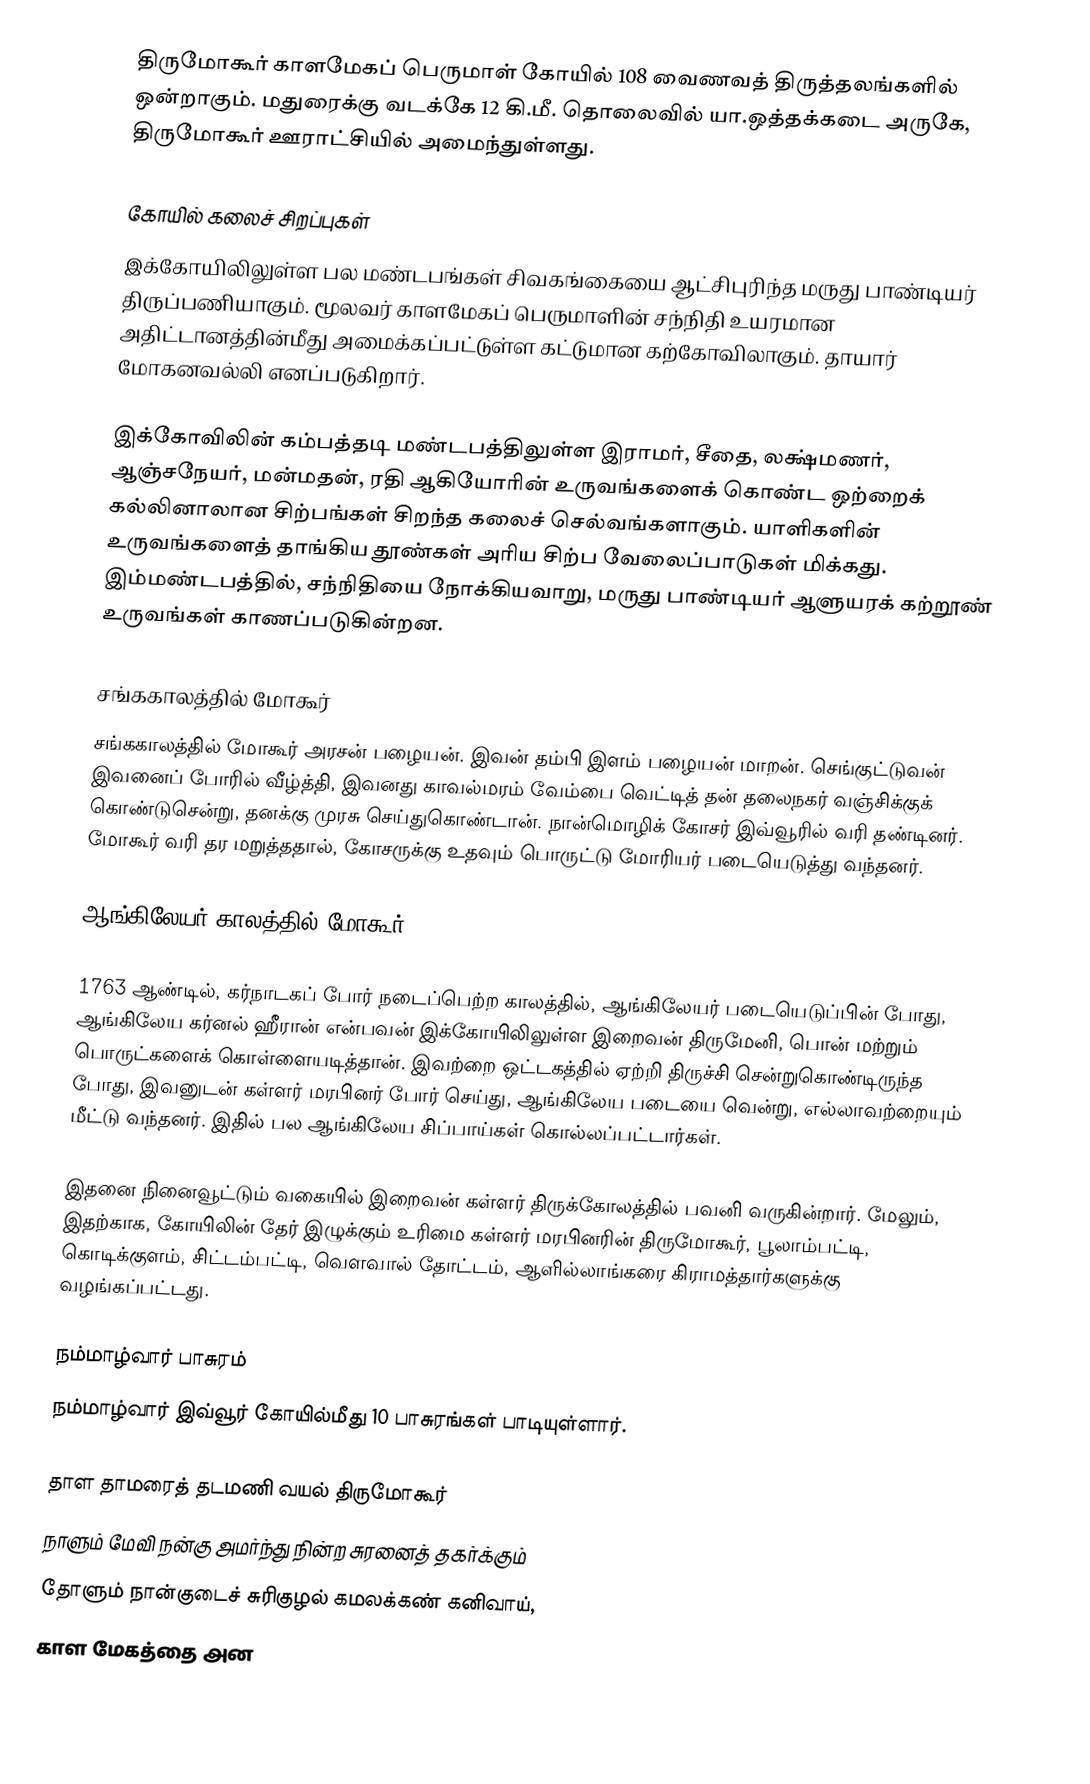
திருமோகூர் காளமேகப் பெருமாள் கோயில் 108 வைணவத் திருத்தலங்களில் ஒன்றாகும். மதுரைக்கு வடக்கே 12 கி.மீ. தொலைவில் யா.ஒத்தக்கடை அருகே, திருமோகூர் ஊராட்சியில் அமைந்துள்ளது.

கோயில் கலைச் சிறப்புகள்
இக்கோயிலிலுள்ள பல மண்டபங்கள் சிவகங்கையை ஆட்சிபுரிந்த மருது பாண்டியர் திருப்பணியாகும். மூலவர் காளமேகப் பெருமாளின் சந்நிதி உயரமான அதிட்டானத்தின்மீது அமைக்கப்பட்டுள்ள கட்டுமான கற்கோவிலாகும்.   தாயார் மோகனவல்லி எனப்படுகிறார்.

இக்கோவிலின் கம்பத்தடி மண்டபத்திலுள்ள இராமர், சீதை, லக்ஷ்மணர், ஆஞ்சநேயர், மன்மதன், ரதி ஆகியோரின் உருவங்களைக் கொண்ட ஒற்றைக் கல்லினாலான சிற்பங்கள் சிறந்த கலைச் செல்வங்களாகும். யாளிகளின் உருவங்களைத் தாங்கிய தூண்கள் அரிய சிற்ப வேலைப்பாடுகள் மிக்கது. இம்மண்டபத்தில், சந்நிதியை நோக்கியவாறு, மருது பாண்டியர் ஆளுயரக் கற்றூண் உருவங்கள் காணப்படுகின்றன.

சங்ககாலத்தில் மோகூர்
சங்ககாலத்தில் மோகூர் அரசன் பழையன். இவன் தம்பி இளம் பழையன் மாறன். செங்குட்டுவன் இவனைப் போரில் வீழ்த்தி, இவனது காவல்மரம் வேம்பை வெட்டித் தன் தலைநகர் வஞ்சிக்குக் கொண்டுசென்று, தனக்கு முரசு செய்துகொண்டான். நான்மொழிக் கோசர் இவ்வூரில் வரி தண்டினர். மோகூர் வரி தர மறுத்ததால், கோசருக்கு உதவும் பொருட்டு மோரியர் படையெடுத்து வந்தனர்.

ஆங்கிலேயர் காலத்தில் மோகூர்

1763 ஆண்டில், கர்நாடகப் போர் நடைப்பெற்ற காலத்தில், ஆங்கிலேயர் படையெடுப்பின் போது, ஆங்கிலேய கர்னல் ஹீரான் என்பவன் இக்கோயிலிலுள்ள இறைவன் திருமேனி, பொன் மற்றும் பொருட்களைக் கொள்ளையடித்தான். இவற்றை ஒட்டகத்தில் ஏற்றி திருச்சி சென்றுகொண்டிருந்த போது, இவனுடன் கள்ளர் மரபினர் போர் செய்து, ஆங்கிலேய படையை வென்று, எல்லாவற்றையும் மீட்டு வந்தனர். இதில் பல ஆங்கிலேய சிப்பாய்கள் கொல்லப்பட்டார்கள்.

இதனை நினைவூட்டும் வகையில் இறைவன் கள்ளர் திருக்கோலத்தில் பவனி வருகின்றார். மேலும், இதற்காக, கோயிலின் தேர் இழுக்கும் உரிமை கள்ளர் மரபினரின் திருமோகூர், பூலாம்பட்டி, கொடிக்குளம், சிட்டம்பட்டி, வௌவால் தோட்டம், ஆளில்லாங்கரை கிராமத்தார்களுக்கு வழங்கப்பட்டது.

நம்மாழ்வார் பாசுரம்
 நம்மாழ்வார் இவ்வூர் கோயில்மீது 10 பாசுரங்கள் பாடியுள்ளார்.

தாள தாமரைத் தடமணி வயல் திருமோகூர்
நாளும் மேவி நன்கு அமர்ந்து நின்ற சுரனைத் தகர்க்கும்
தோளும் நான்குடைச் சுரிகுழல் கமலக்கண் கனிவாய்,
காள மேகத்தை அன